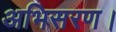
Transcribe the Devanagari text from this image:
अभिसरण।